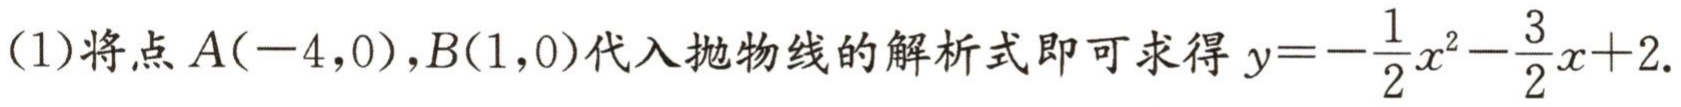
(1)将点\(A(-4,0),B(1,0)\)代入抛物线的解析式即可求得\(y = -\frac{1}{2}x^{2}-\frac{3}{2}x + 2\).